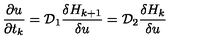
{ \frac { \partial u } { \partial t _ { k } } } = { \cal D } _ { 1 } { \frac { \delta H _ { k + 1 } } { \delta u } } = { \cal D } _ { 2 } { \frac { \delta H _ { k } } { \delta u } }